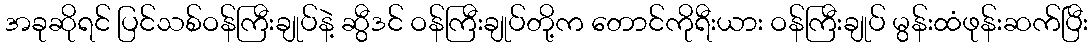
အခုဆိုရင် ပြင်သစ်ဝန်ကြီးချုပ်နဲ့ ဆွီဒင် ဝန်ကြီးချုပ်တို့က တောင်ကိုရီးယား ဝန်ကြီးချုပ် မွန်းထံဖုန်းဆက်ပြီး